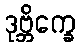
ဒုဗ္ဘိက္ခေ